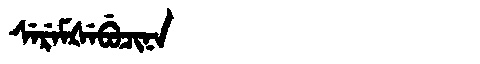
Manchu: ᠰᡝᡵᡝᠮᡧᡝᠪᡠᠴᡳᠨᠠ
Romanization: SEREMŠEBUCINA